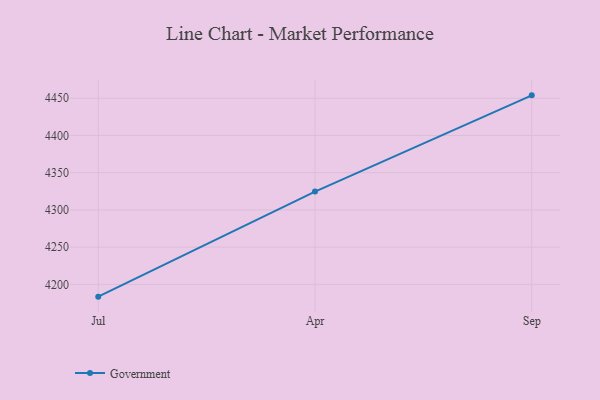
{"axis": {"x": "Month", "y": "Churn Rate (%)"}, "legend": ["Government"], "data": [{"x": "Jul", "y": 4183.5, "type": "Government"}, {"x": "Apr", "y": 4324.6, "type": "Government"}, {"x": "Sep", "y": 4453.9, "type": "Government"}]}